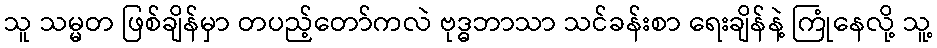
သူ သမ္မတ ဖြစ်ချိန်မှာ တပည့်တော်ကလဲ ဗုဒ္ဓဘာသာ သင်ခန်းစာ ရေးချိန်နဲ့ ကြုံနေလို့ သူ့